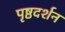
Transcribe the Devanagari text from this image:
पृष्ठदर्शन